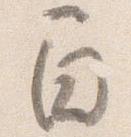
間